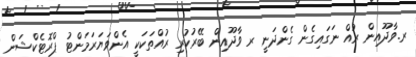
ރ.ވާދޫއިން ރުއް ނަގައިގެން ގެންދަނީ ރ ވާދޫއިން ބޭރުކުރި ރުއްތަކަކީ އެންވަޔަރަމަންޓު ޕްރޮޓެކްޝަން